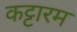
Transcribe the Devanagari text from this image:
कट्टारम